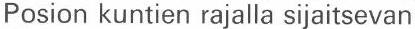
Posion kuntien rajalla sijaitsevan